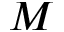
M